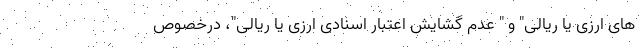
های ارزی یا ریالی" و " عدم گشایش اعتبار اسنادی ارزی یا ریالی"، درخصوص